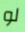
لو